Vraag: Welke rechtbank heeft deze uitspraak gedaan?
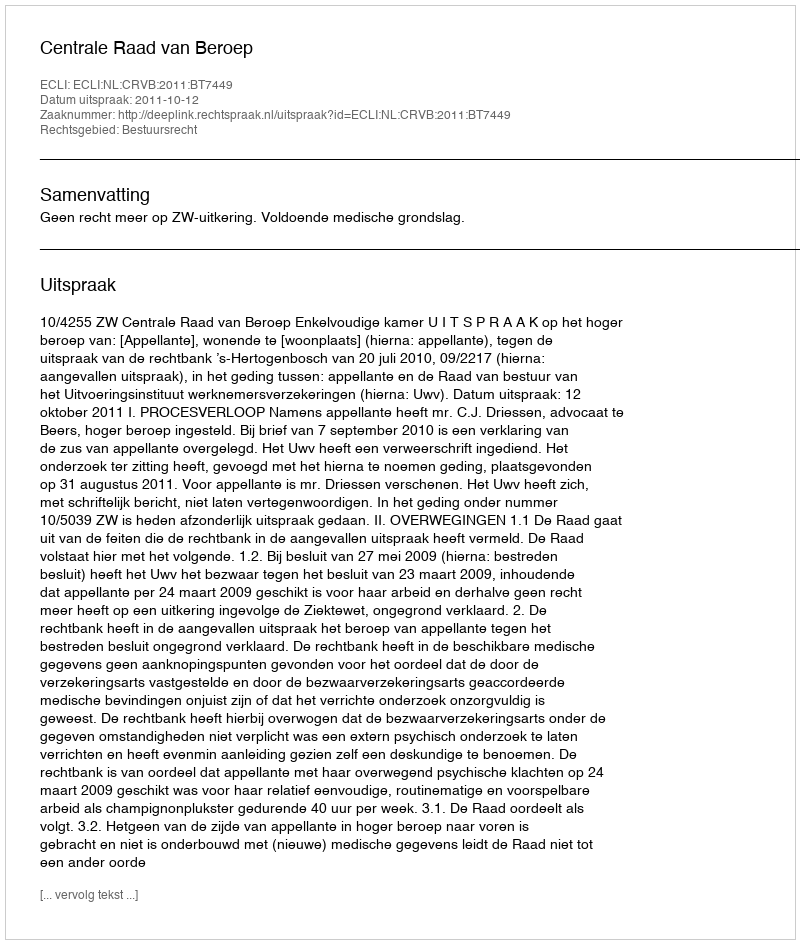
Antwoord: Centrale Raad van Beroep